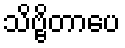
သိဗ္ဗိတာပေ